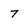
Character: 7